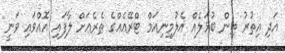
އަދި އިތުރު ތިން ބުޅަލެއް އެލުމިނިއަމް ޓްރޭއެއްގެ ތެރެއަށް ލާފައި އޮއްވައި ވަނީ